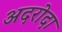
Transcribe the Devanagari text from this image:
अदरोदा